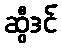
ဆွီဒင်